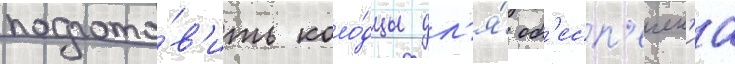
подгото́в'ить коло́дцы дл'я́ об'есп'ечен'иа